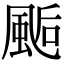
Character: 𩗇